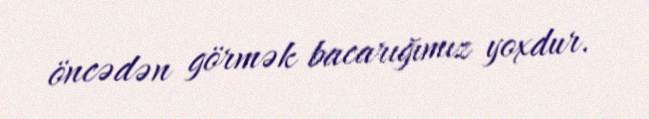
öncədən görmək bacarığımız yoxdur.